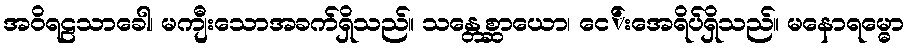
အဝိရဠသာခေါ၊ မကျီးသောအခက်ရှိသည်။ သန္တေစ္ဆာယော၊ ငေ်းအေရိပ်ရှိသည်။ မနောရမ္ဓော